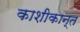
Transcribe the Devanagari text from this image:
काशीकान्त